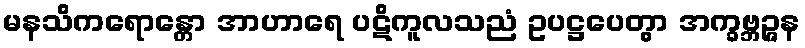
မနသိကရောန္တော အာဟာရေ ပဋိကူလသညံ ဥပဋ္ဌပေတွာ အက္ခဗ္ဘဉ္ဇန